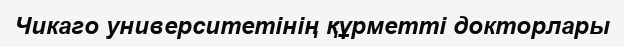
Чикаго университетінің құрметті докторлары